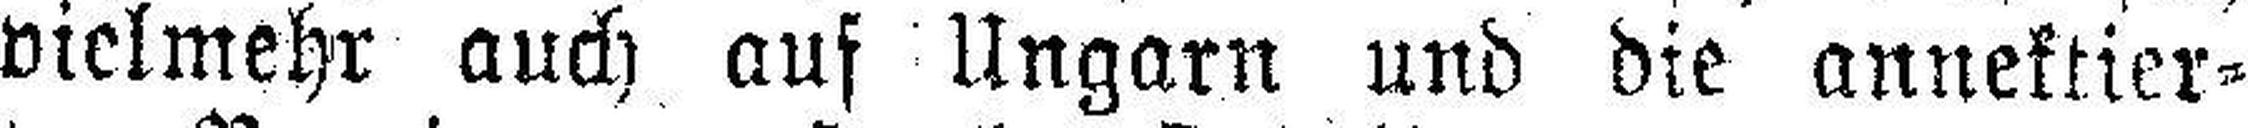
vielmehr auch auf Ungarn und die annektier¬